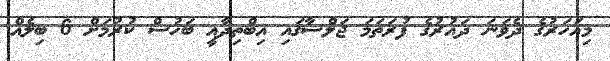
މިއަހަރުގެ ދެވަނަ ދައުރުގެ ފުރަތަމަ ޖަލްސާގައި އިބްތިދާއީ ބަހުސް ކުރުމަށް 6 ބިލެއް